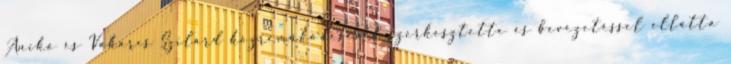
Anikó és Vakarcs Szilárd közreműködésével szerkesztette és bevezetéssel ellátta